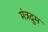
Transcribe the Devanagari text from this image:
मंत्रद्रुम